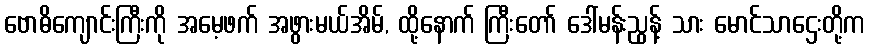
ဗောဓိကျောင်းကြီးကို အမေ့ဖက် အဖွားမယ်အိမ်, ထို့နောက် ကြီးတော် ဒေါ်မန်းညွန့် သား မောင်သာဌေးတို့က